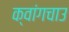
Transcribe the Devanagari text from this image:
क्वांगचाउ